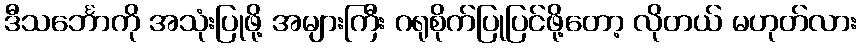
ဒီသင်္ဘောကို အသုံးပြုဖို့ အများကြီး ဂရုစိုက်ပြုပြင်ဖို့တော့ လိုတယ် မဟုတ်လား